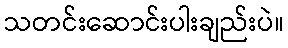
သတင်းဆောင်းပါးချည်းပဲ။